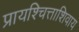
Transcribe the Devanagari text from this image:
प्रायश्चित्ताशिवाय